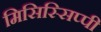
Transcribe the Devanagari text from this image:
मिसिस्सिप्पी